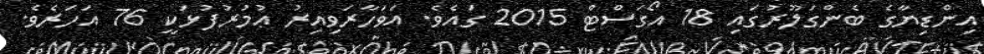
އިންޑިޔާގެ ބެންގަލޫރުގައި 18 އޯގަސްޓް 2015 ގައެވެ. އަވަހާރަވިއިރު ޢުމުރުފުޅަކީ 76 އަހަރެވެ.